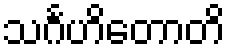
သင်္ဂဟိတောတိ